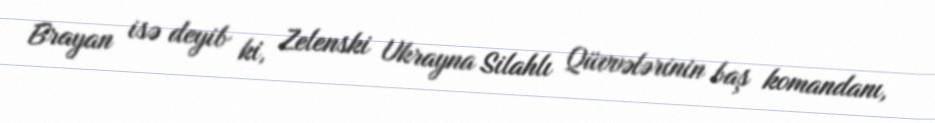
Brayan isə deyib ki, Zelenski Ukrayna Silahlı Qüvvələrinin baş komandanı,